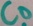
Text: CD